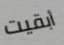
أبقيت